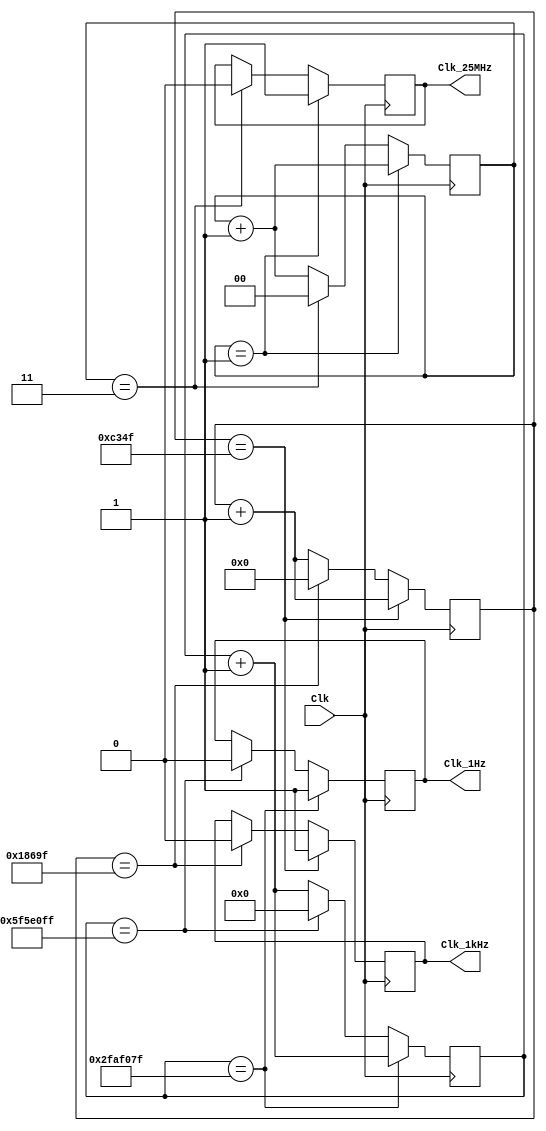
//Verilog HDL for "Board_lib", "Clocks" 
// Author J Pepper
// Date 09/05/2023

module Clocks (
output reg   Clk_1Hz,
output reg   Clk_1kHz,
output reg   Clk_25MHz,
input  wire  Clk
);
  
  reg [1:0] countA;
  reg [16:0] countB;
  reg [26:0] countC;
  
 initial countA=0;
 initial countB=0; 
 initial countC=0;
  
 always @(posedge Clk)
  begin
   if(countA == 1) begin Clk_25MHz <= 1; countA <= countA + 1; end
   else if(countA == 3) begin Clk_25MHz <= 0; countA <= 0; end
   else countA <= countA + 1;
   
   if(countB == 49999) begin Clk_1kHz <= 1; countB <= countB + 1; end
   else if(countB == 99999) begin Clk_1kHz <= 0; countB <= 0; end
   else countB <= countB + 1; 
   
   if(countC == 49_999_999) begin Clk_1Hz <= 1; countC <= countC + 1; end
   else if(countC == 99_999_999) begin Clk_1Hz <= 0; countC <= 0; end
   else countC <= countC + 1;   
     
   
  end
endmodule